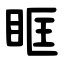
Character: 眶